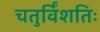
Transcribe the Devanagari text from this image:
चतुर्विंशतिः